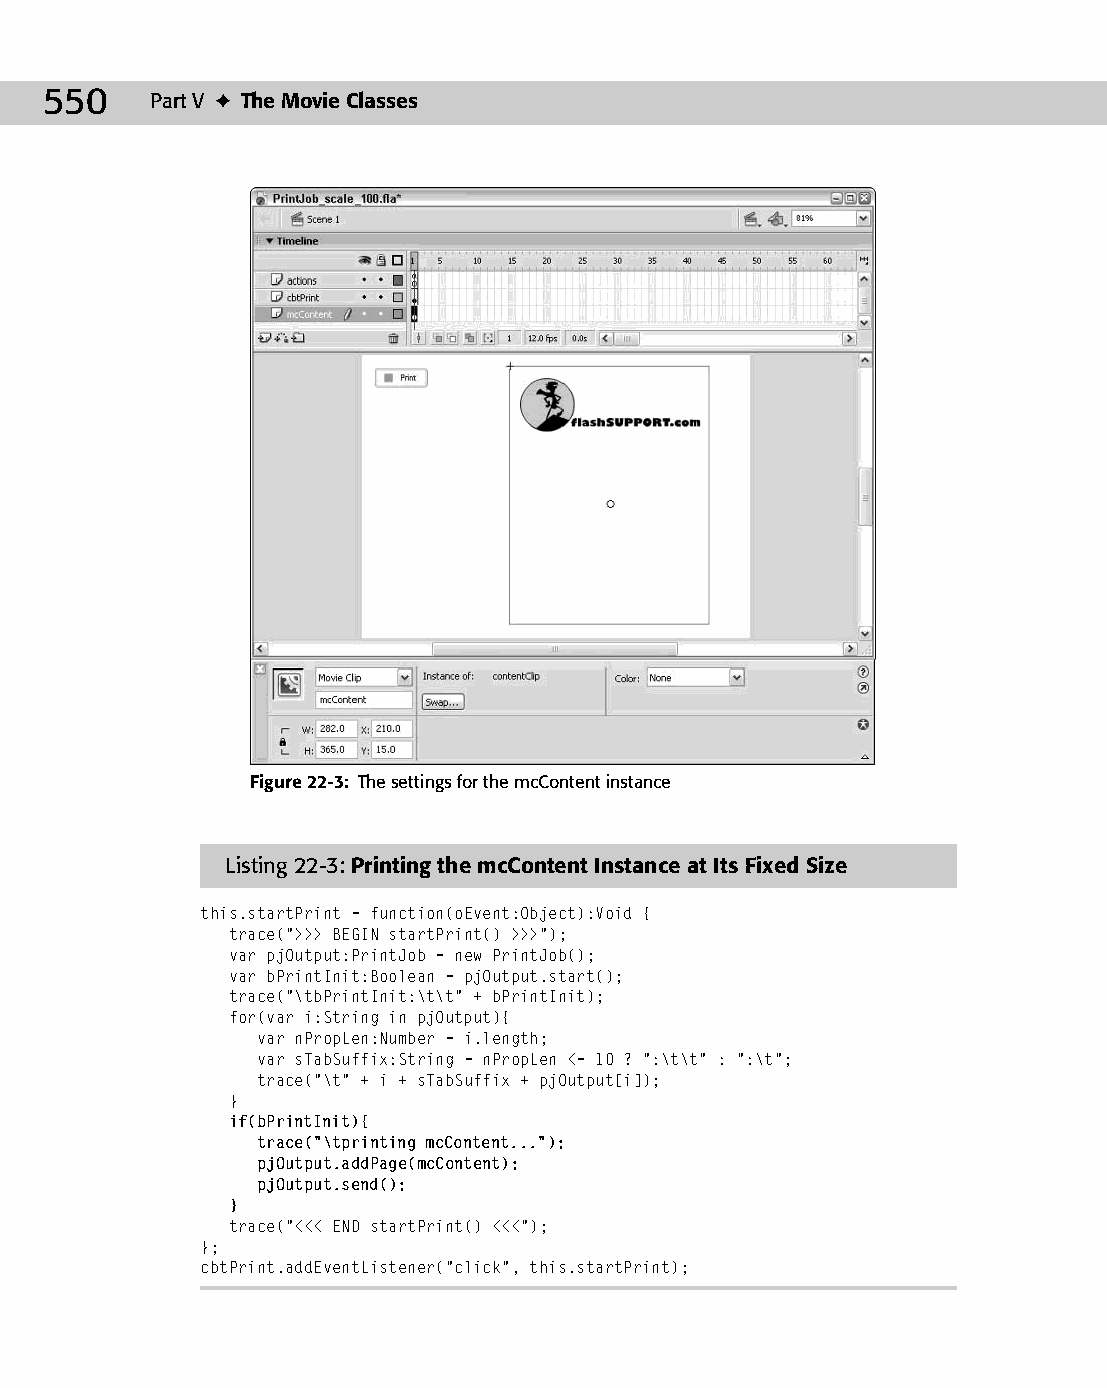
28 543547 ch22.qxd 3/24/04 4:09 PM Page 550
 550    Part V ✦ The Movie Classes
 Figure 22-3: The settings for the mcContent instance
 Listing 22-3: Printing the mcContent Instance at Its Fixed Size
 this.startPrint = function(oEvent:Object):Void {
 trace(“>>> BEGIN startPrint() >>>”);
 var pjOutput:PrintJob = new PrintJob();
 var bPrintInit:Boolean = pjOutput.start();
 trace(“\tbPrintInit:\t\t” + bPrintInit);
 for(var i:String in pjOutput){
 var nPropLen:Number = i.length;
 var sTabSuffix:String = nPropLen <= 10 ? “:\t\t” : “:\t”;
 trace(“\t” + i + sTabSuffix + pjOutput[i]);
 }
 if(bPrintInit){
 trace(“\tprinting mcContent...”);
 pjOutput.addPage(mcContent);
 pjOutput.send();
 }
 trace(“<<< END startPrint() <<<”);
 };
 cbtPrint.addEventListener(“click”, this.startPrint);